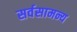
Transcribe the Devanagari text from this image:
सर्वसामन्य